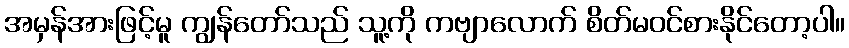
အမှန်အားဖြင့်မူ ကျွန်တော်သည် သူ့ကို ကဗျာလောက် စိတ်မဝင်စားနိုင်တော့ပါ။